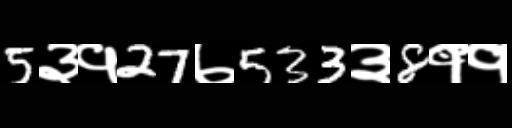
Text: 5३१27७533३8११